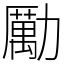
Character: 勵